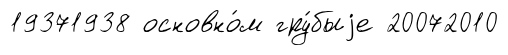
19371938 основно́м гру́быjе 20072010